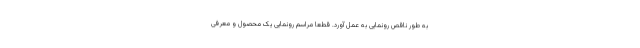
به طور ناقص رونمایی به عمل آورد. قطعا مراسم رونمایی یک محصول و معرفی